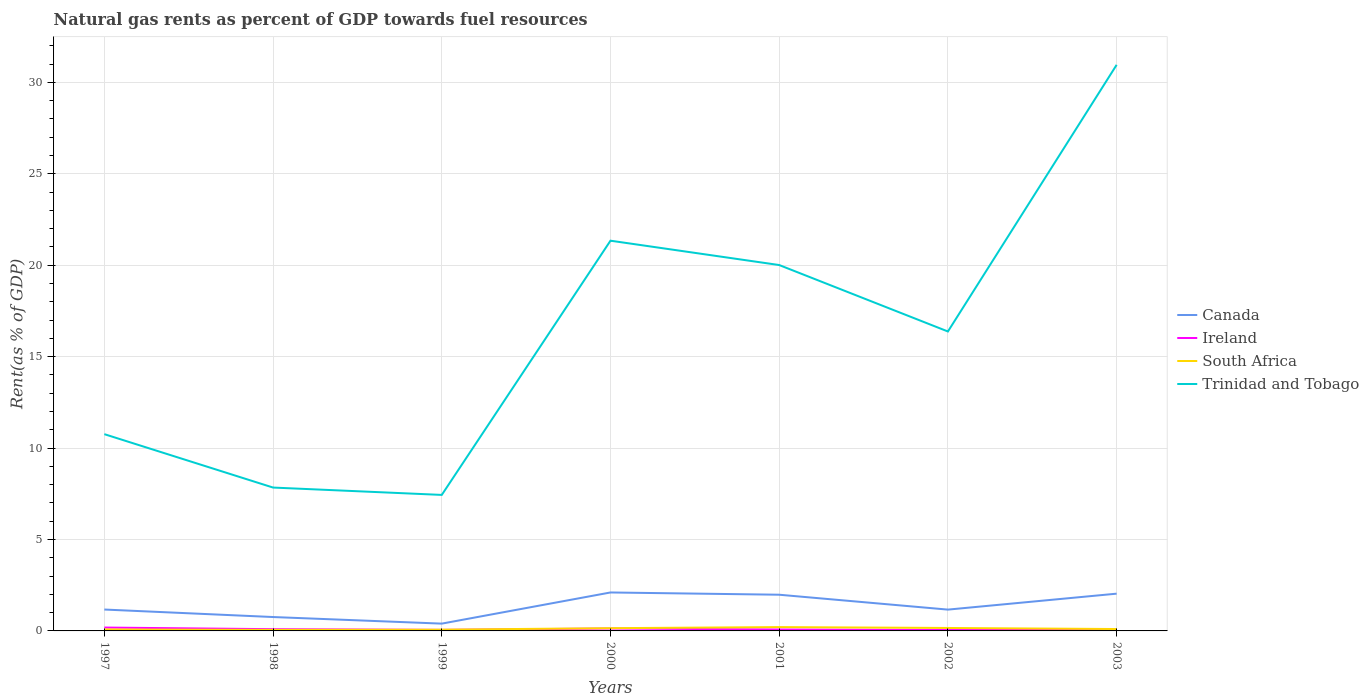
| Years | Canada | Ireland | South Africa | Trinidad and Tobago |
 | --- | --- | --- | --- | --- |
 | 1997 | 1.17 | 0.185 | 0.0797 | 10.8 |
 | 1998 | 0.759 | 0.0952 | 0.0588 | 7.84 |
 | 1999 | 0.399 | 0.0567 | 0.0685 | 7.44 |
 | 2000 | 2.1 | 0.131 | 0.15 | 21.3 |
 | 2001 | 1.98 | 0.0784 | 0.21 | 20 |
 | 2002 | 1.17 | 0.0489 | 0.161 | 16.4 |
 | 2003 | 2.04 | 0.052 | 0.104 | 31 |